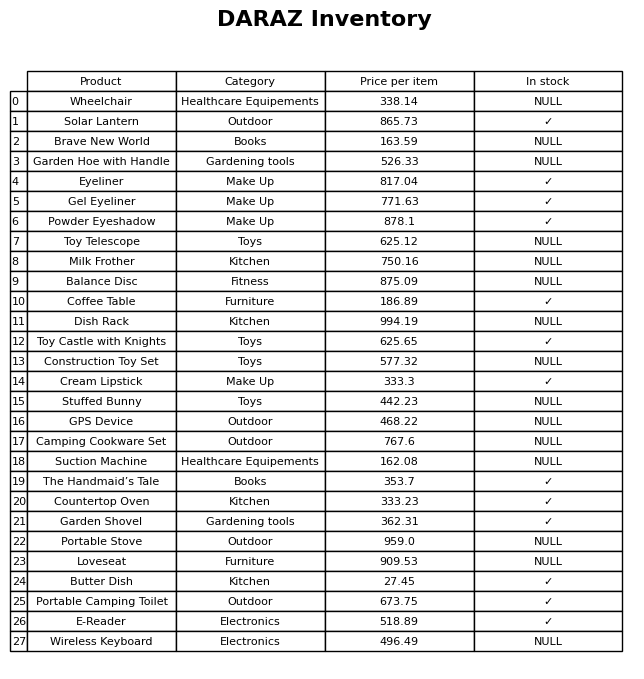
question: What is the price of the GPS Device?
answer: The price of GPS Device is 468.22.